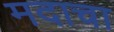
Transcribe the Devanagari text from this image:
मदाचा